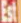
Est